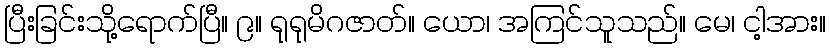
ပြီးခြင်းသို့ရောက်ပြီ။ ၉။ ရုရုမိဂဇာတ်။ ယော၊ အကြင်သူသည်။ မေ၊ ငါ့အား။